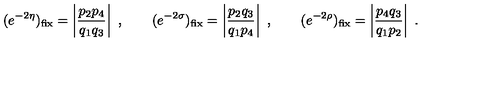
( e ^ { - 2 \eta } ) _ { \mathrm { f i x } } = \left| \frac { p _ { 2 } p _ { 4 } } { q _ { 1 } q _ { 3 } } \right| \ , \qquad ( e ^ { - 2 \sigma } ) _ { \mathrm { f i x } } = \left| \frac { p _ { 2 } q _ { 3 } } { q _ { 1 } p _ { 4 } } \right| \ , \qquad ( e ^ { - 2 \rho } ) _ { \mathrm { f i x } } = \left| \frac { p _ { 4 } q _ { 3 } } { q _ { 1 } p _ { 2 } } \right| \ .